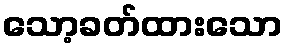
သော့ခတ်ထားသော